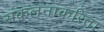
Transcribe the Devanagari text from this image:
संकलनाकरिता